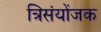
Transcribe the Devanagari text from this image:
त्रिसंयोंजक